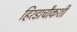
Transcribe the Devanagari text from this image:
हिरडाचौकशी